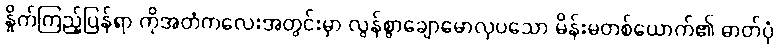
နှိုက်ကြည့်ပြန်ရာ ကိုအတံကလေးအတွင်းမှာ လွန်စွာချောမောလှပသော မိန်းမတစ်ယောက်၏ ဓာတ်ပုံ